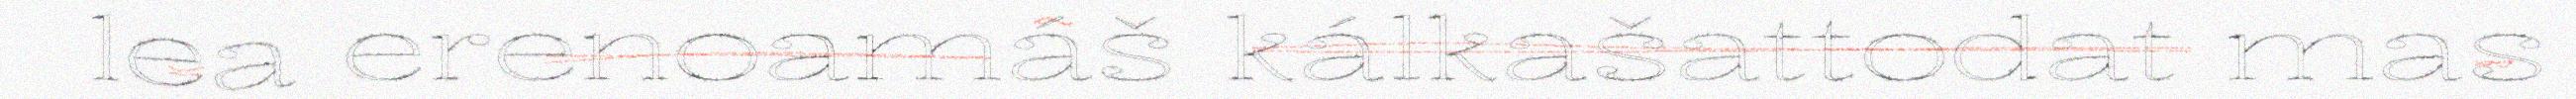
lea erenoamáš kálkašattodat mas